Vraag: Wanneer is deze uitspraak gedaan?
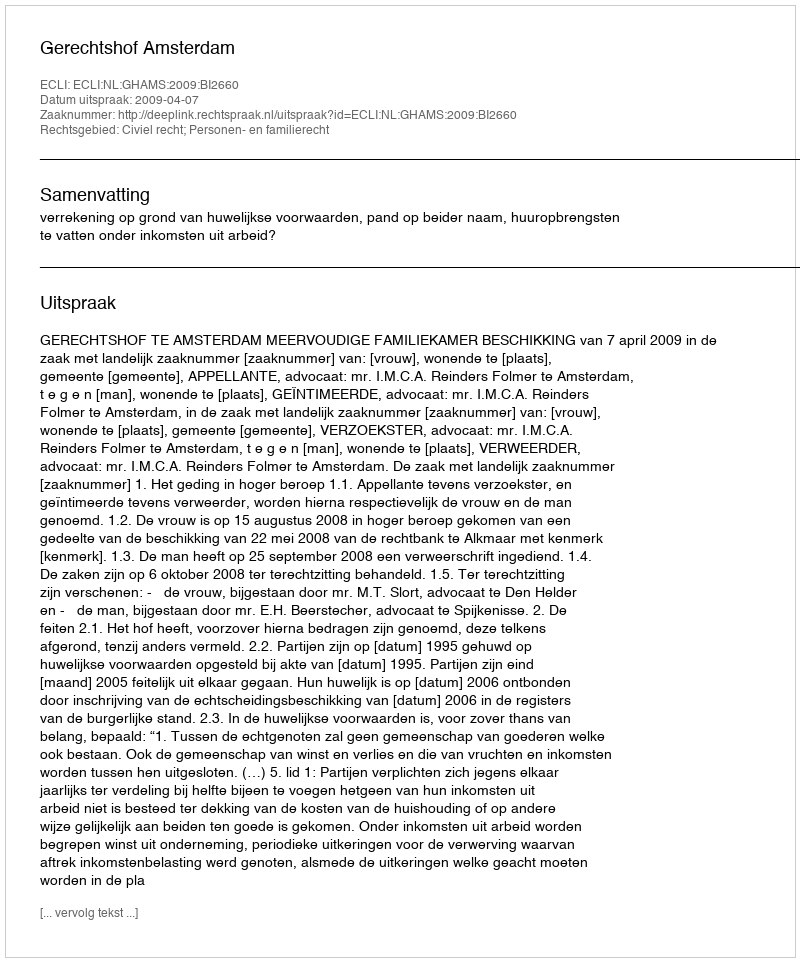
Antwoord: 2009-04-07